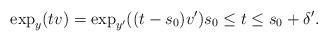
LaTeX: \begin{align*} \exp_y(tv)=\exp_{y'}((t-s_0)v') s_0\leq t\leq s_0+\delta'.\end{align*}